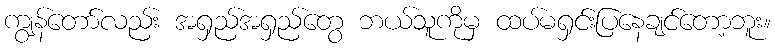
ကျွန်တော်လည်း အရှည်အရှည်တွေ ဘယ်သူကိုမှ ထပ်မရှင်းပြနေချင်တော့ဘူး။